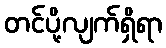
တင်ပို့လျက်ရှိရာ